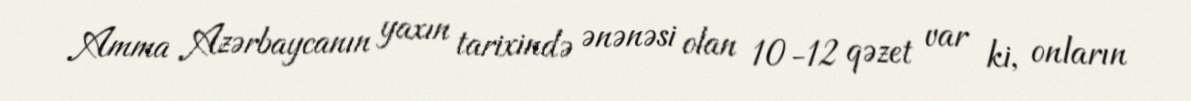
Amma Azərbaycanın yaxın tarixində ənənəsi olan 10-12 qəzet var ki, onların